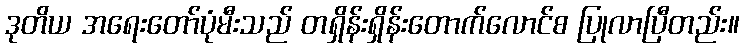
ဒုတိယ အရေးတော်ပုံမီးသည် တရှိန်းရှိန်းတောက်လောင်စ ပြုလာပြီတည်း။